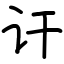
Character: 讦